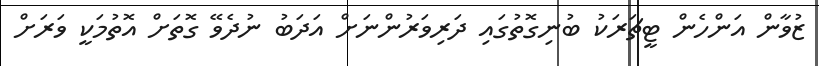
ޒުވާން އަންހެން ޓީޗަރަކު ބުނިގޮތުގައި ދަރިވަރުންނަށް އަދަބު ނުދެވޭ ގޮތަށް އޮތުމަކީ ވަރަށް